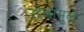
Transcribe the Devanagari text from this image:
उद्रेकांमुळे